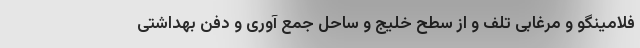
فلامینگو و مرغابی تلف و از سطح خلیج و ساحل جمع آوری و دفن بهداشتی